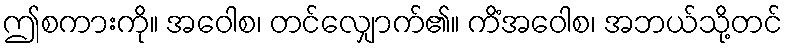
ဤစကားကို။ အဝေါစ၊ တင်လျှောက်၏။ ကိံအဝေါစ၊ အဘယ်သို့တင်